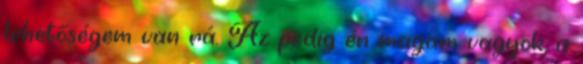
lehetőségem van rá. Az pedig én magam vagyok, a